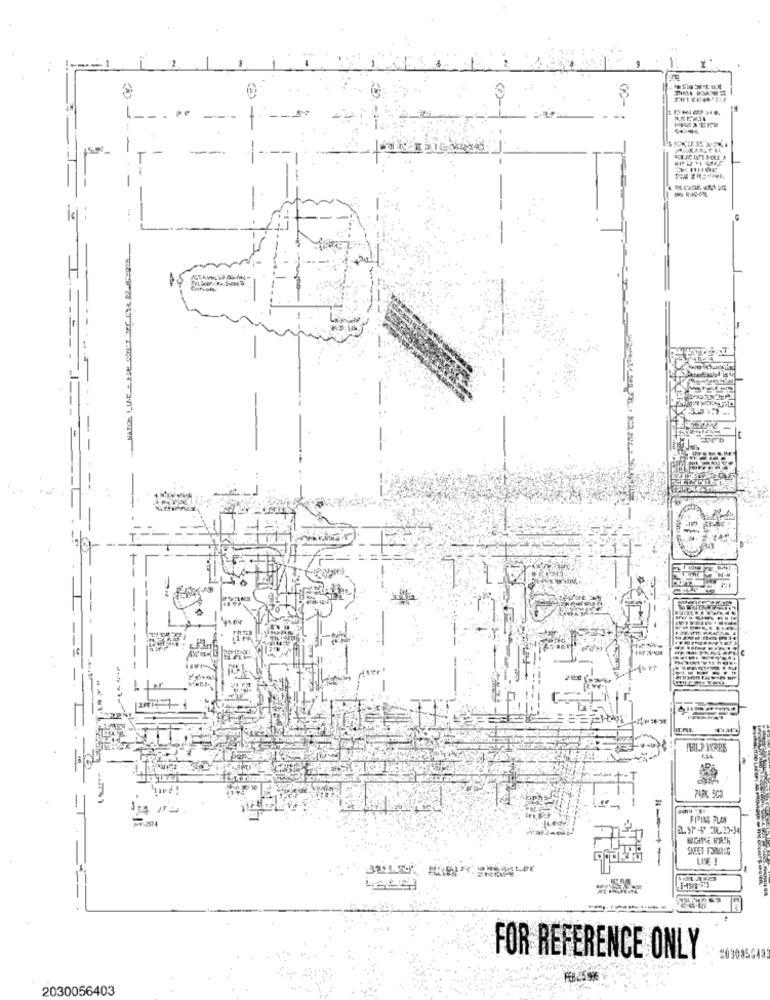
--- 1
MPS PERU
FIPING PLAN
EL. ST" -6" COL. 20-34
BIGITE WORTH
SHEET F3PLN:OG
1-04-
FOR REFERENCE ONLY
#03085549
2030056403